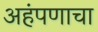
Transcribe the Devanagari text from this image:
अहंपणाचा